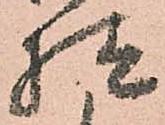
様